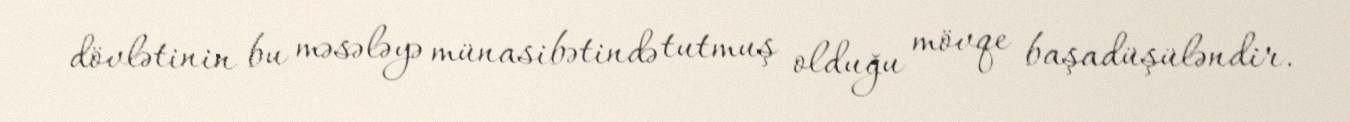
dövlətinin bu məsələyə münasibətində tutmuş olduğu mövqe başadüşüləndir.